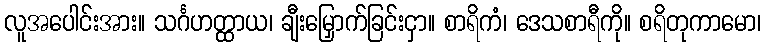
လူအပေါင်းအား။ သင်္ဂဟတ္ထာယ၊ ချီးမြှောက်ခြင်းငှာ။ စာရိကံ၊ ဒေသစာရီကို။ စရိတုကာမော၊